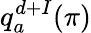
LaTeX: q_{a}^{d+I}(\pi)